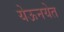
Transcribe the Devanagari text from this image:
येऊनयेत